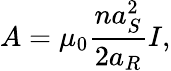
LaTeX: A=\mu_{0}\frac{na_{S}^{2}}{2a_{R}}I,